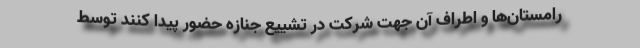
رامستان‌ها و اطراف آن جهت شرکت در تشییع جنازه حضور پیدا کنند توسط